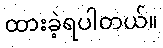
ထားခဲ့ရပါတယ်။